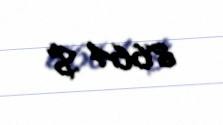
8664 $